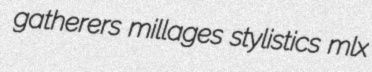
gatherers millages stylistics mlx